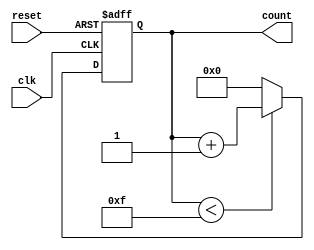
module binary_counter #(parameter N = 4) (
    input wire clk,       // Clock signal
    input wire reset,     // Active-high reset signal
    output reg [N-1:0] count // N-bit output representing the current count value
);

// Maximum count value is 2^N - 1
localparam MAX_COUNT = (1 << N) - 1;

always @(posedge clk or posedge reset) begin
    if (reset) begin
        count <= 0; // Reset count to 0
    end else begin
        if (count < MAX_COUNT) begin
            count <= count + 1; // Increment count
        end else begin
            count <= 0; // Wrap around to 0
        end
    end
end

endmodule